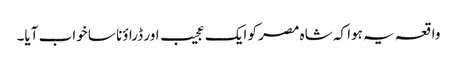
واقعہ یہ ہوا کہ شاہ مصر کو ایک عجیب اور ڈراؤنا سا خواب آیا۔